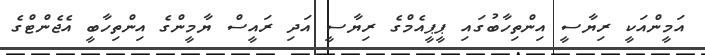
އަމީންއަކީ ރިޔާސީ އިންތިހާބުގައި ޕީޕީއެމްގެ ރިޔާސީ އަދި ރައީސް ޔާމީންގެ އިންތިހާބީ އެޖެންޓްގެ